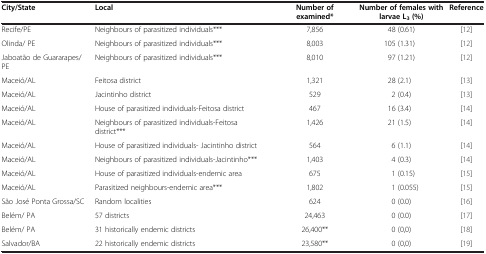
<table><thead><tr><td><b>City/State</b></td><td><b>Local</b></td><td><b>Number of examined*</b></td><td><b>Number of females with larvae L<sub>3</sub>(%)</b></td><td><b>Reference</b></td></tr></thead><tbody><tr><td>Recife/PE</td><td>Neighbours of parasitized individuals***</td><td>7,856</td><td>48 (0.61)</td><td>[12]</td></tr><tr><td>Olinda/ PE</td><td>Neighbours of parasitized individuals***</td><td>8,003</td><td>105 (1.31)</td><td>[12]</td></tr><tr><td>Jaboatão de Guararapes/PE</td><td>Neighbours of parasitized individuals***</td><td>8,010</td><td>97 (1.21)</td><td>[12]</td></tr><tr><td>Maceió/AL</td><td>Feitosa district</td><td>1,321</td><td>28 (2.1)</td><td>[13]</td></tr><tr><td>Maceió/AL</td><td>Jacintinho district</td><td>529</td><td>2 (0.4)</td><td>[13]</td></tr><tr><td>Maceió/AL</td><td>House of parasitized individuals-Feitosa district</td><td>467</td><td>16 (3.4)</td><td>[14]</td></tr><tr><td>Maceió/AL</td><td>Neighbours of parasitized individuals-Feitosa district***</td><td>1,426</td><td>21 (1.5)</td><td>[14]</td></tr><tr><td>Maceió/AL</td><td>House of parasitized individuals- Jacintinho district</td><td>564</td><td>6 (1.1)</td><td>[14]</td></tr><tr><td>Maceió/AL</td><td>Neighbours of parasitized individuals-Jacintinho***</td><td>1,403</td><td>4 (0.3)</td><td>[14]</td></tr><tr><td>Maceió/AL</td><td>House of parasitized individuals-endemic area</td><td>675</td><td>1 (0.15)</td><td>[15]</td></tr><tr><td>Maceió/AL</td><td>Parasitized neighbours-endemic area***</td><td>1,802</td><td>1 (0.055)</td><td>[15]</td></tr><tr><td>São José Ponta Grossa/SC</td><td>Random localities</td><td>624</td><td>0 (0.0)</td><td>[16]</td></tr><tr><td>Belém/ PA</td><td>57 districts</td><td>24,463</td><td>0 (0.0)</td><td>[17]</td></tr><tr><td>Belém/ PA</td><td>31 historically endemic districts</td><td>26,400**</td><td>0 (0,0)</td><td>[18]</td></tr><tr><td>Salvador/BA</td><td>22 historically endemic districts</td><td>23,580**</td><td>0 (0,0)</td><td>[19]</td></tr></tbody></table>